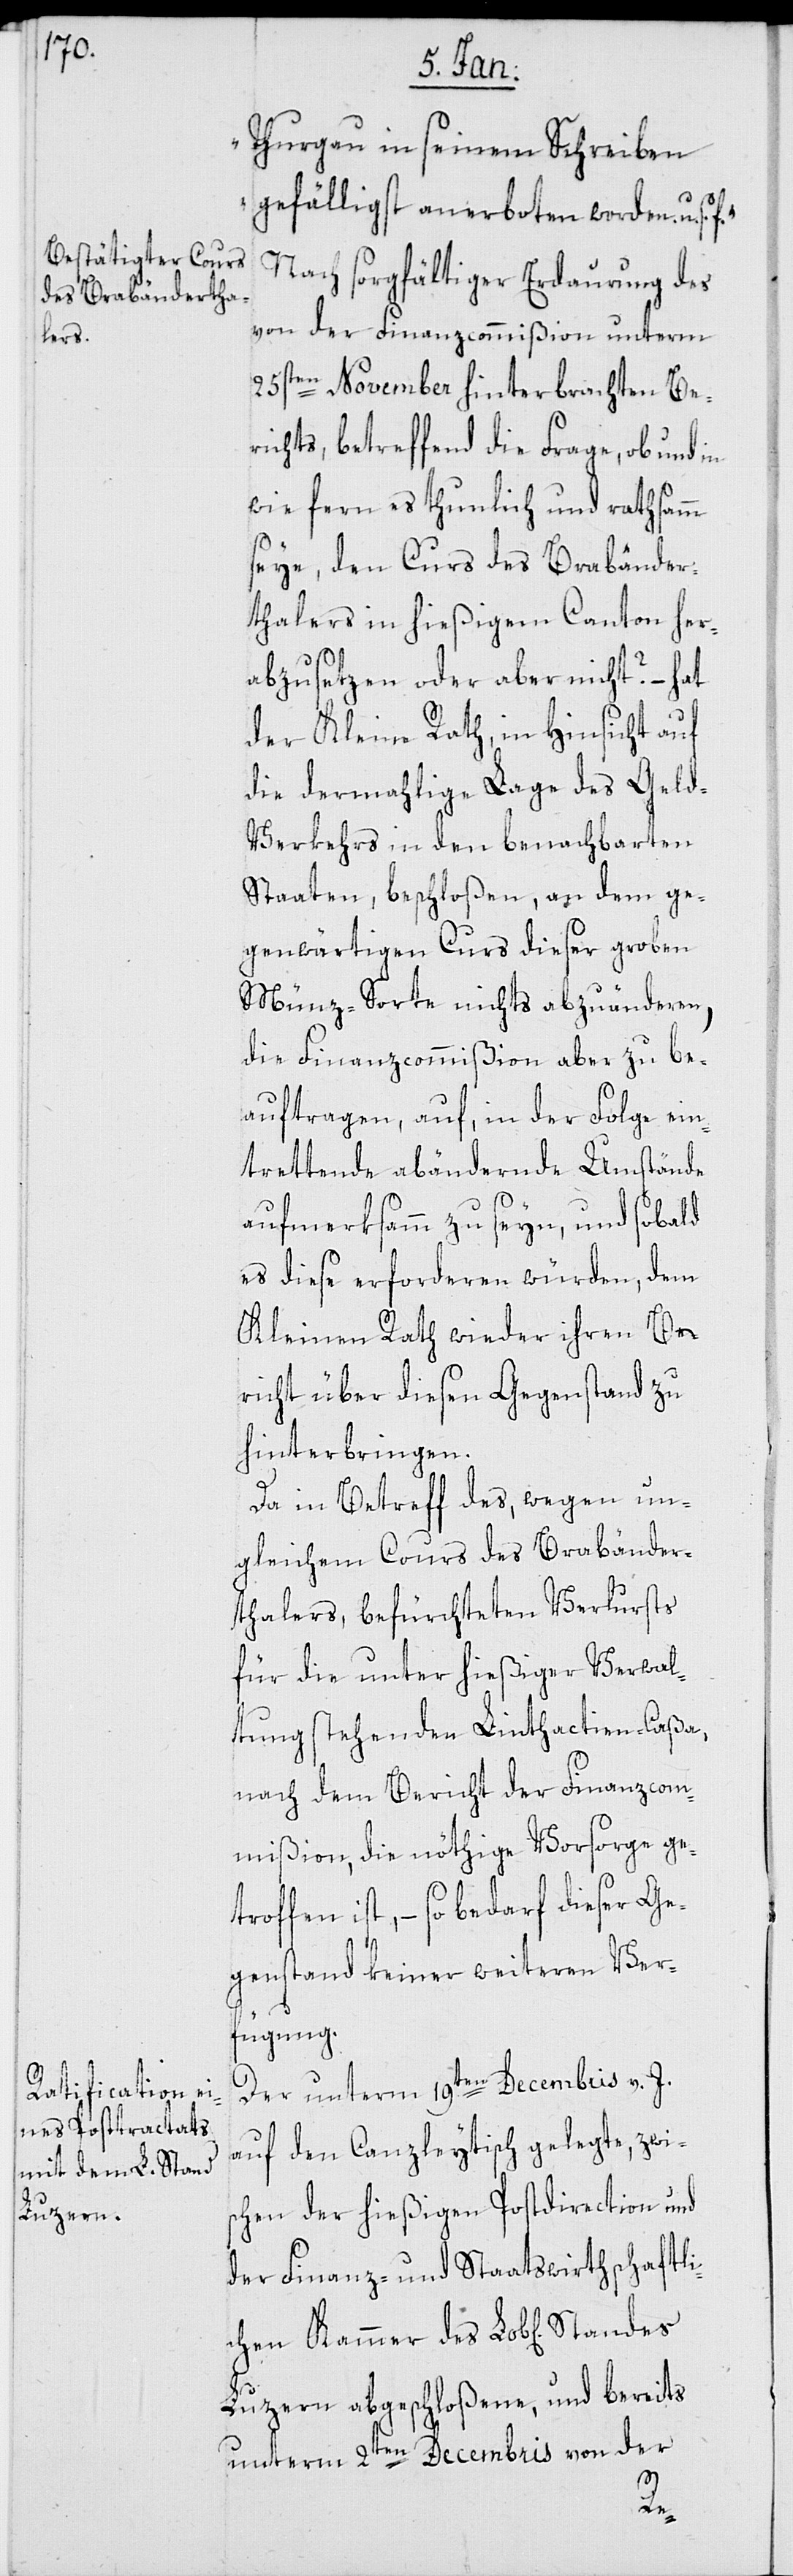
Thurgau in seinem Schreiben
gefälligst anerboten worden u. s.
Nach sorgfältiger Erdaurung des
von der Finanzcommißion unterm
25sten November hinterbrachten Be¬
richts, betreffend die Frage, ob und in
wie fern es thunlich und rathsamm
seye, den Cours des Brabänder¬
thalers in hießigem Canton her¬
abzusetzen oder aber nicht? – hat
der Kleine Rath, in Hinsicht auf
die dermahlige Lage des Gel¬
d-Verkehrs in den benachbarten
Staaten, beschloßen, an dem ge¬
genwärtigen Cours dieser groben
Münz-Sorte nichts abzuänderen,
die Finanzcommißion aber zu be¬
auftragen, auf, in der Folge ein¬
trettende abändernde Umstände
aufmerksamm zu seyn, und sobald
es diese erforderen würden, dem
Kleinen Rath wieder ihren Be¬
richt über diesen Gegenstand zu
hinterbringen.
Da in Betreff des, wegen un¬
gleichem Cours des Brabänder¬
thalers, befürchteten Verlusts
für die unter hießiger Verwal¬
tung stehenden Linthactien-Caßa,
nach dem Bericht der Finanzcom¬
mißion, die nöthige Vorsorge ge¬
troffen ist, – so bedarf dieser Ge¬
genstand keiner weiteren Ver¬
fügung.
Der unterm 19ten Decembris v. J.
auf den Canzleytisch gelegte, zwis¬
chen der hießigen Postdirection und
der Finanz- und Staatswirthschaftli¬
Luzern abgeschloßene, und bereits
unterm 2ten Decembris von der
des